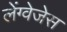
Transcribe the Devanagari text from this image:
लेंग्वेजेस